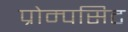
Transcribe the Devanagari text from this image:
प्रोम्पसिट